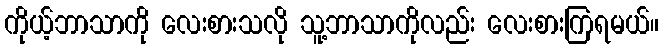
ကိုယ့်ဘာသာကို လေးစားသလို သူ့ဘာသာကိုလည်း လေးစားကြရမယ်။